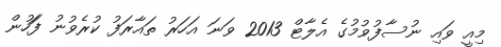
މިއީ ވައި ނުސާފުވުމުގެ އެލާޓް 2013 ވަނަ އަހަރު ތައާރަފު ކުރެވުނު ފަަހުން